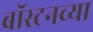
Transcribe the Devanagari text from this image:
बॉस्टनच्या